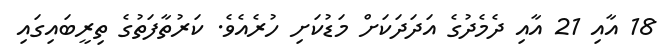
18 އާއި 21 އާއި ދެމެދުގެ އަދަދަކަށް މަޑުކަށި ހުރެއެވެ. ކަރުތާފަތުގެ ތިރީބައިގައި